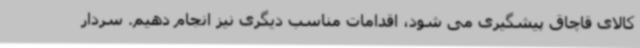
کالای قاچاق پیشگیری می شود، اقدامات مناسب دیگری نیز انجام دهیم. سردار